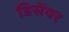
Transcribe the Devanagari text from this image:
डिसेंवर